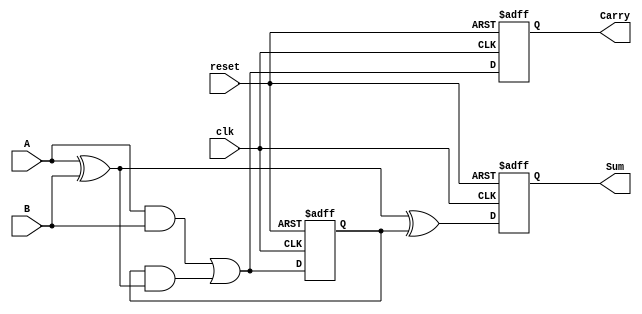
module SequentialHalfAdder (
    input wire clk,          // Clock signal
    input wire reset,        // Asynchronous reset
    input wire A,           // First input bit
    input wire B,           // Second input bit
    output reg Sum,         // Sum output
    output reg Carry        // Carry output
);

    // Internal register to hold the previous carry value
    reg previous_carry;

    // Always block triggered on the rising edge of the clock or reset
    always @(posedge clk or posedge reset) begin
        if (reset) begin
            // Reset the outputs and previous carry
            Sum <= 0;
            Carry <= 0;
            previous_carry <= 0;
        end else begin
            // Calculate the Sum and Carry based on current inputs and previous carry
            Sum <= A ^ B ^ previous_carry;           // Sum = A XOR B XOR previous_carry
            Carry <= (A & B) | (previous_carry & (A ^ B)); // Carry = (A AND B) OR (previous_carry AND (A XOR B))
            previous_carry <= (A & B) | (previous_carry & (A ^ B)); // Update previous carry
        end
    end

endmodule